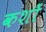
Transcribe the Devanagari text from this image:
कशों